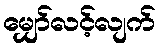
မျှော်လင့်လျက်